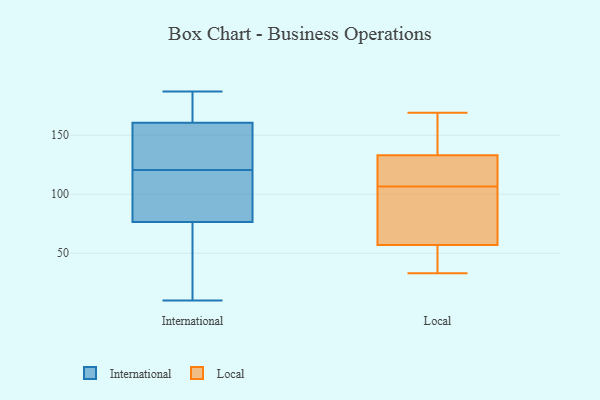
{"axis": {"x": "Active Users", "y": "Value"}, "legend": ["International", "Local"], "data": [{"x": "", "y": 187, "type": "International"}, {"x": "", "y": 120, "type": "International"}, {"x": "", "y": 156, "type": "International"}, {"x": "", "y": 36, "type": "International"}, {"x": "", "y": 112, "type": "International"}, {"x": "", "y": 183, "type": "International"}, {"x": "", "y": 121, "type": "International"}, {"x": "", "y": 155, "type": "International"}, {"x": "", "y": 63, "type": "International"}, {"x": "", "y": 108, "type": "International"}, {"x": "", "y": 10, "type": "International"}, {"x": "", "y": 179, "type": "International"}, {"x": "", "y": 130, "type": "International"}, {"x": "", "y": 90, "type": "International"}, {"x": "", "y": 165, "type": "International"}, {"x": "", "y": 62, "type": "International"}, {"x": "", "y": 33, "type": "Local"}, {"x": "", "y": 35, "type": "Local"}, {"x": "", "y": 127, "type": "Local"}, {"x": "", "y": 108, "type": "Local"}, {"x": "", "y": 169, "type": "Local"}, {"x": "", "y": 57, "type": "Local"}, {"x": "", "y": 139, "type": "Local"}, {"x": "", "y": 126, "type": "Local"}, {"x": "", "y": 98, "type": "Local"}, {"x": "", "y": 105, "type": "Local"}, {"x": "", "y": 133, "type": "Local"}, {"x": "", "y": 55, "type": "Local"}, {"x": "", "y": 80, "type": "Local"}, {"x": "", "y": 156, "type": "Local"}]}